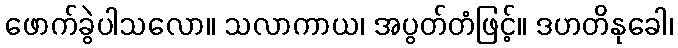
ဖောက်ခွဲပါသလော။ သလာကာယ၊ အပွတ်တံဖြင့်။ ဒဟတိနုခေါ၊